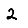
Digit: 2